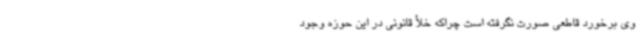
وی برخورد قاطعی صورت نگرفته است چراکه خلأ قانونی در این حوزه وجود